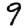
Digit: 9